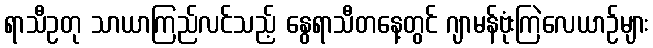
ရာသီဥတု သာယာကြည်လင်သည့် နွေရာသီတနေ့တွင် ဂျာမန်ဗုံးကြဲလေယာဉ်များ